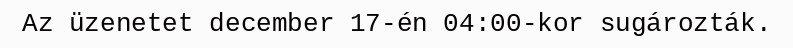
Az üzenetet december 17-én 04:00-kor sugározták.